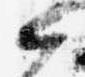
候